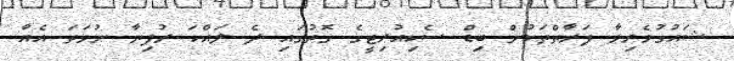
ޝައުގުވެރިވާ ފަރާތްތަކުން ބިޑް ސެކިއުރިޓީގެ ގޮތުގައި ދެ ލައްކަ ރުފިޔާ ނުވަތަ އެއާ